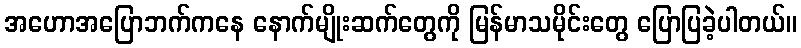
အဟောအပြောဘက်ကနေ နောက်မျိုးဆက်တွေကို မြန်မာသမိုင်းတွေ ပြောပြခဲ့ပါတယ်။